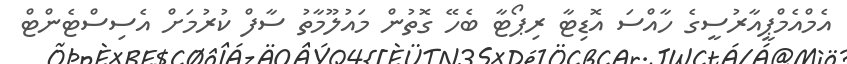
އެމްއެމްޕީއާރުސީގެ ހާއްސަ އޮޑިޓާ ރިޕޯޓާ ބެހޭ ގޮތުން މައުލޫމާތު ސާފް ކުރުމަށް އެސިސްޓެންޓް